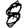
Digit: 8